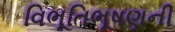
વિભૂતિભૂષણની